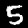
Digit: 5